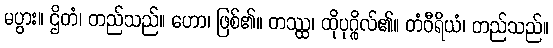
မပွား။ ဌိတံ၊ တည်သည်။ ဟော၊ ဖြစ်၏။ တဿ္ထ၊ ထိုပုဂ္ဂိုလ်၏။ တံဝီရိယံ၊ တည်သည်။